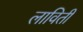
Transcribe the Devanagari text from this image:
लाविती